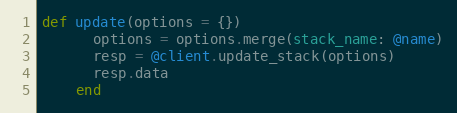
Language: Ruby
def update(options = {})
      options = options.merge(stack_name: @name)
      resp = @client.update_stack(options)
      resp.data
    end